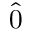
\hat { 0 }